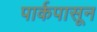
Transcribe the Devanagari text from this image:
पार्कपासून